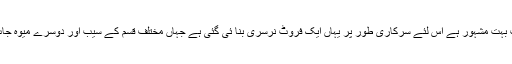
کچورا کا سیب بہت مشہور ہے اس لئے سرکاری طور پر یہاں ایک فروٹ نرسری بنا ئی گئی ہے جہاں مختلف قسم کے سیب اور دوسرے میوہ جات دستیاب ہیں۔